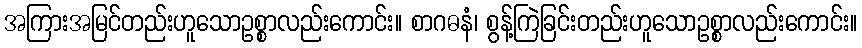
အကြားအမြင်တည်းဟူသောဥစ္စာလည်းကောင်း။ စာဂဓနံ၊ စွန့်ကြဲခြင်းတည်းဟူသောဥစ္စာလည်းကောင်း။